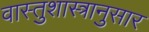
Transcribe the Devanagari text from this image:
वास्तुशास्त्रानुसार